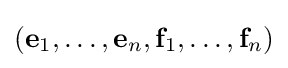
({\mathbf {e} }_{1},\dots ,{\mathbf {e} }_{n},{\mathbf {f} }_{1},\dots ,{\mathbf {f} }_{n})